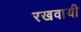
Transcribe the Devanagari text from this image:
रखवायी